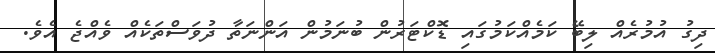
ދިގު އުމުރެއް ލިބޭ ކަމެއްކަމުގައި ޑޮކްޓަރުން ބުނަމުން އަންނަތާ ދުވަސްތަކެއް ވެއްޖެ އެވެ.